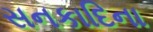
સનકાદિના